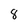
Character: 8